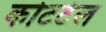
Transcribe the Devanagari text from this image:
कोटटेल